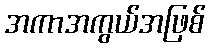
အကာအကွယ်အဖြစ်